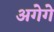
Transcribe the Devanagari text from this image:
अगेगे